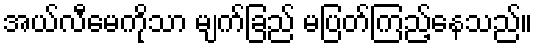
အယ်လီမေကိုသာ မျက်ခြည် မပြတ်ကြည့်နေသည်။